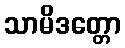
သာမိဒတ္တော